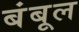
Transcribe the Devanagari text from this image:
बंबूल